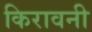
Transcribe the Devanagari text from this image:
किरावनी